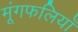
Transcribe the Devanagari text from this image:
मूंगफलियाँ